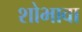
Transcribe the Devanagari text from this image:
शोभावा